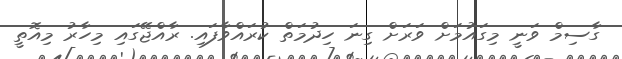
ގާސިމް ވަނީ މިގައުމަށް ވަރަށް ގިނަ ހިދުމަތް ކުރައްވާފައި. ރާއްޖޭގައި މިހާރު މިއޮތީ